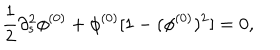
LaTeX: \frac { 1 } { 2 } \partial _ { s } ^ { 2 } \phi ^ { ( 0 ) } + \phi ^ { ( 0 ) } [ 1 - ( \phi ^ { ( 0 ) } ) ^ { 2 } ] = 0 ,